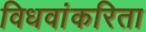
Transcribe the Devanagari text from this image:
विधवांकरिता